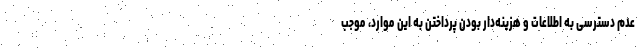
عدم دسترسی به اطلاعات و هزینه‌دار بودن پرداختن به این موارد، موجب